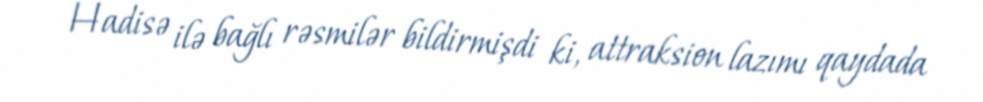
Hadisə ilə bağlı rəsmilər bildirmişdi ki, attraksion lazımı qaydada